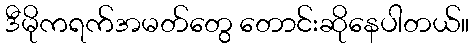
ဒီမိုကရက်အမတ်တွေ တောင်းဆိုနေပါတယ်။